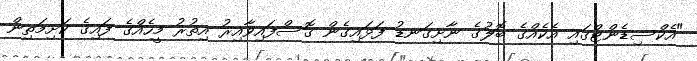
"އެކްސިޑެންޓްގައި އެކެއްގެ ބޮލުގެ ނާށިގަނޑު ފަޅައިގެން ގޮސްފައިވާއިރު އިތުރު މީހެއްގެ ފައިގެ ކަށިމަތިން